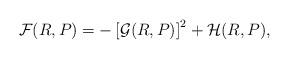
LaTeX: \begin{align*}\mathcal{F}(R,P)=- \left [ \mathcal{G}(R,P) \right ]^2 +\mathcal{H}(R,P),\end{align*}